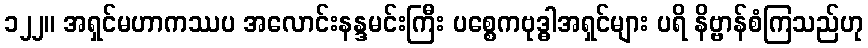
၁၂၂။ အရှင်မဟာကဿပ အလောင်းနန္ဒမင်းကြီး ပစ္စေကဗုဒ္ဓါအရှင်များ ပရိ နိဗ္ဗာန်စံကြသည်ဟု